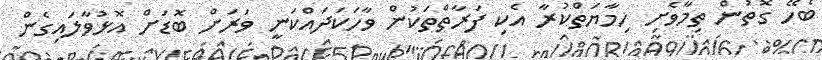
ބެހޭ ގޮތުން ތިމާވެށި ހިމާޔަތްކުރާ އެކި ފަރާތްތަކުން ވާހަކަދައްކަނީ ވަރަށް ބޮޑަށް އޮޅުވާލައިގެން